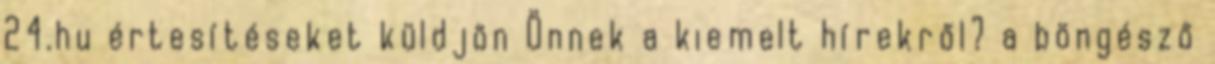
24.hu értesítéseket küldjön Önnek a kiemelt hírekről? a böngésző